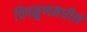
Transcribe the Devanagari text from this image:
चिपळूणमधील